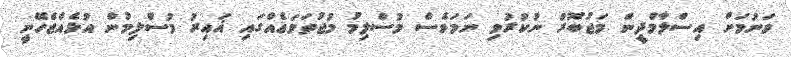
ވަނުމަށް އިސްލާމްދީން މަޖުބޫރު ނުކުރުވި ނަމަވެސް މުސްލިމު މުޖުތަމަޢެއްގައި ޣައިރު މުސްލިމުން އުޅެއްޖެހޭނީ